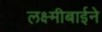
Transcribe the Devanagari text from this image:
लक्ष्मीबाईने